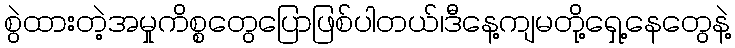
စွဲထားတဲ့အမှုကိစ္စတွေပြောဖြစ်ပါတယ်၊ဒီနေ့ကျမတို့ရှေ့နေတွေနဲ့